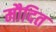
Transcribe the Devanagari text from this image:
मौदित